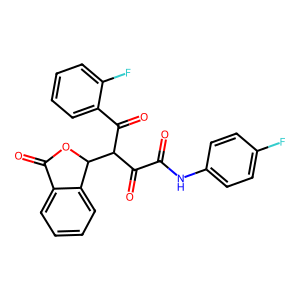
SMILES: O=C(Nc1ccc(F)cc1)C(=O)C(C(=O)c1ccccc1F)C1OC(=O)c2ccccc21
Inhibits HIV replication: No